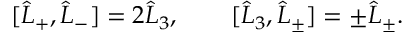
[ \hat { L } _ { + } , \hat { L } _ { - } ] = 2 \hat { L } _ { 3 } , \qquad [ \hat { L } _ { 3 } , \hat { L } _ { \pm } ] = \pm \hat { L } _ { \pm } .